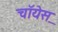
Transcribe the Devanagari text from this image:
चॉयेस़